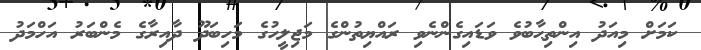
ކަމަށް މިއަދު އިންތިޙާބުވެ ވަޑައިގެންނެވި ރައްޔިތުންގެ މަޖިލީހުގެ މަހިބަދޫ ދާއިރާގެ މެންބަރު އަހްމަދު